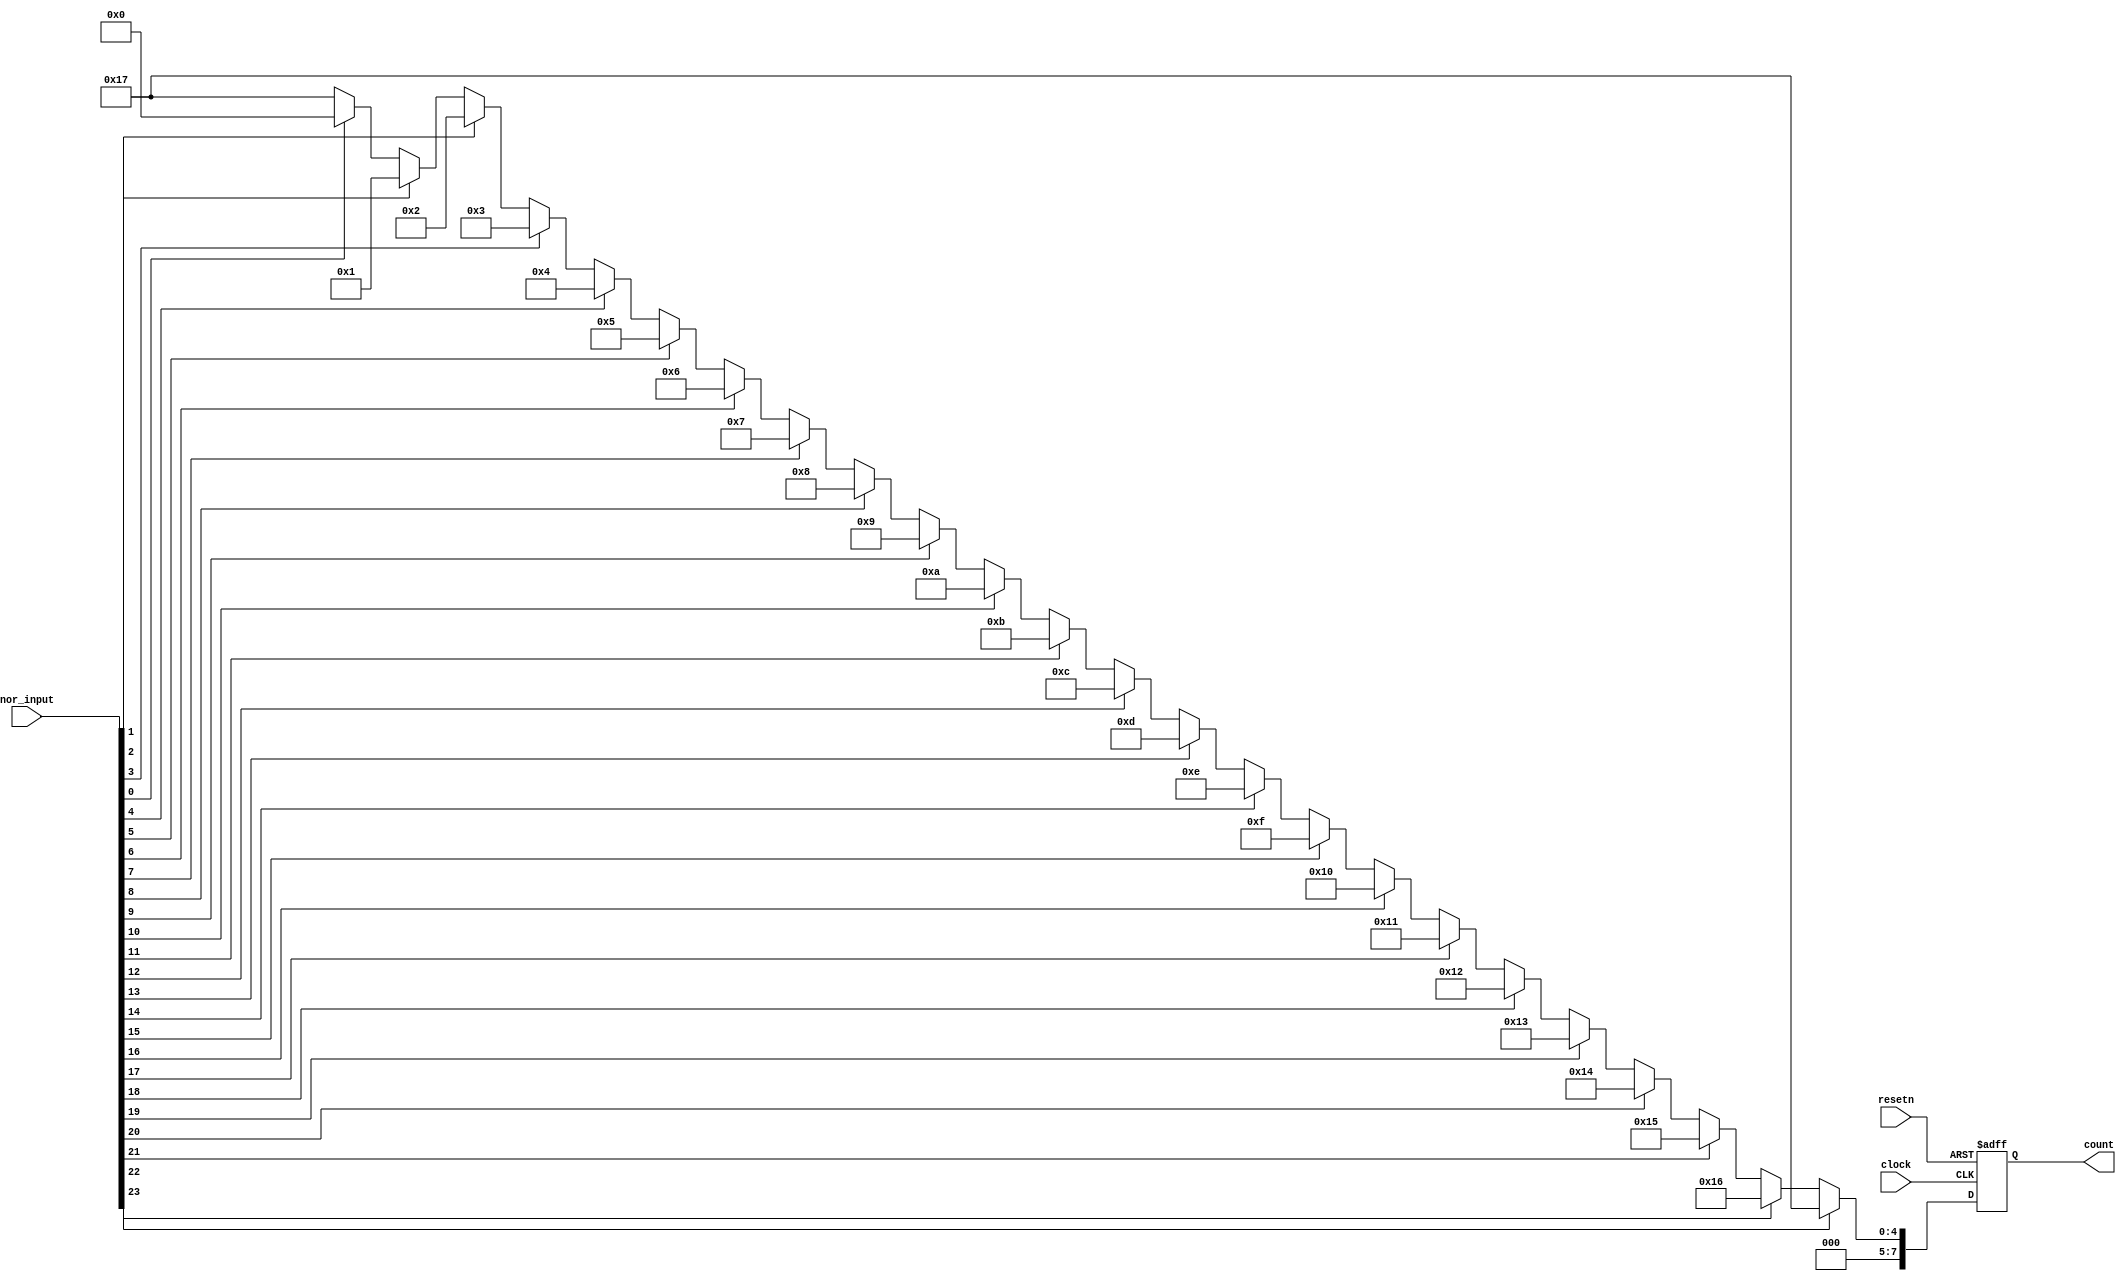
`timescale 1ns / 1ps
//////////////////////////////////////////////////////////////////////////////////
// Company: 
// Engineer: 
// 
// Design Name: 
// Module Name:    fr_firstone 
// Project Name: 
// Target Devices: 
// Tool versions: 
// Description: 
//
// Dependencies: 
//
// Revision: 
// Revision 0.01 - File Created
// Additional Comments: 
//
//////////////////////////////////////////////////////////////////////////////////
module fr_firstone(clock, resetn, nor_input, count);
	input clock, resetn;
	
	input [23:0] nor_input;
	
	output reg [7:0] count;

	always@(posedge clock, negedge resetn) begin
		if(!resetn)	count = 23;
		else if (nor_input[23]==1) count = 23;
		else if (nor_input[22]==1) count = 22;
		else if (nor_input[21]==1) count = 21;
		else if (nor_input[20]==1) count = 20;
		else if (nor_input[19]==1) count = 19;
		else if (nor_input[18]==1) count = 18;
		else if (nor_input[17]==1) count = 17;
		else if (nor_input[16]==1) count = 16;
		else if (nor_input[15]==1) count = 15;
		else if (nor_input[14]==1) count = 14;
		else if (nor_input[13]==1) count = 13;
		else if (nor_input[12]==1) count = 12;
		else if (nor_input[11]==1) count = 11;
		else if (nor_input[10]==1) count = 10;
		else if (nor_input[9]==1) count = 9;
		else if (nor_input[8]==1) count = 8;
		else if (nor_input[7]==1) count = 7;
		else if (nor_input[6]==1) count = 6;
		else if (nor_input[5]==1) count = 5;
		else if (nor_input[4]==1) count = 4;
		else if (nor_input[3]==1) count = 3;
		else if (nor_input[2]==1) count = 2;
		else if (nor_input[1]==1) count = 1;
		else if (nor_input[0]==1) count = 0;
		else count = 23;
	end

endmodule